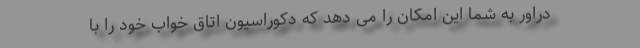
دراور به شما این امکان را می دهد که دکوراسیون اتاق خواب خود را با